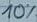
Text: 10%